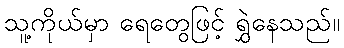
သူ့ကိုယ်မှာ ရေတွေဖြင့် ရွှဲနေသည်။